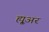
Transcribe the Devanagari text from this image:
ह्यू्अर